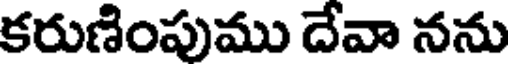
కరుణింపుము దేవా నను